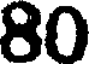
80